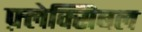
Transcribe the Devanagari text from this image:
फ़्लेक्सिबल